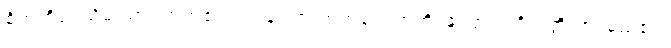
စိတ်ကိုရုပ်သိမ်းထား တတ်၏။ ဝါ၊ ချုံ့ထားတတ်၏။ ဣတိ၊ ကြောင့်။ ဝိသတ္တိကာ၊ မည်၏။